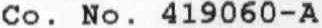
CO . NO . 419060-A